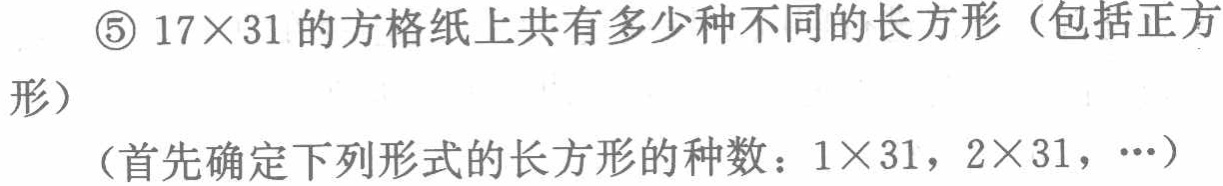
\textcircled{5} \(17\times31\) 的方格纸上共有多少种不同的长方形（包括正方形）

（首先确定下列形式的长方形的种数：\(1\times31\)，\(2\times31\)，\(\cdots\)）